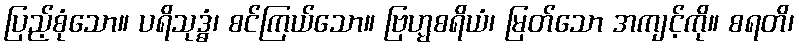
ပြည့်စုံသော။ ပရိသုဒ္ဓံ၊ စင်ကြယ်သော။ ဗြဟ္မစရိယံ၊ မြတ်သော အကျင့်ကို။ စရတိ၊